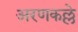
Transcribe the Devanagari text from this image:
अरणकल्ले